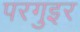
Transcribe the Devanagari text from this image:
परगुइर